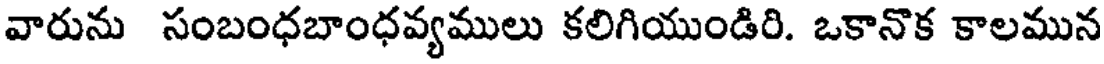
వారును సంబంధబాంధవ్యములు కలిగియుండిరి. ఒకానొక కాలమున